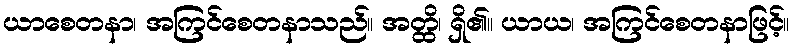
ယာစေတနာ၊ အကြင်စေတနာသည်။ အတ္ထိ၊ ရှိ၏။ ယာယ၊ အကြင်စေတနာဖြင့်။